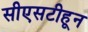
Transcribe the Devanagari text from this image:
सीएसटीहून